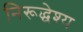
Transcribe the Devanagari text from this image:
निरूद्धेश्य